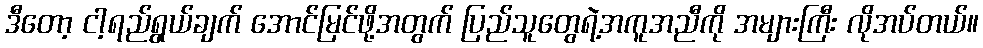
ဒီတော့ ငါ့ရည်ရွယ်ချက် အောင်မြင်ဖို့အတွက် ပြည်သူတွေရဲ့အကူအညီကို အများကြီး လိုအပ်တယ်။